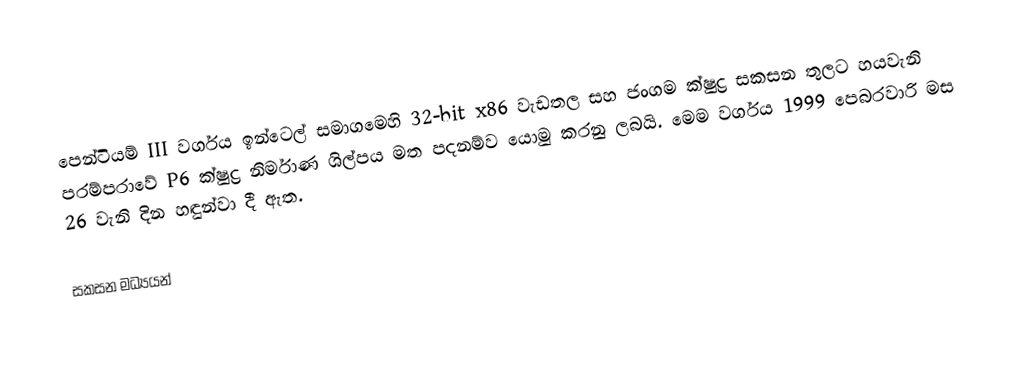
පෙන්ටියම් III වර්ගය ඉන්ටෙල් සමාගමෙහි 32-bit x86 වැඩතල සහ ජංගම ක්ෂුද්‍ර සකසන තුලට හයවැනි පරම්පරාවේ P6 ක්ෂුද්‍ර නිර්මාණ ශිල්පය මත පදනම්ව  යොමු කරනු ලබයි. මෙම වර්ගය 1999 පෙබරවාරි මස 26 වැනි දින හඳුන්වා දී ඇත.

සකසන මධ්‍යයන්